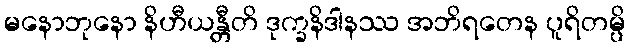
မနောဘုနော နိဟီယန္တီတိ ဒုက္ခနိဒါနဿ အဘိရတေန ပူရိတမ္ပိ